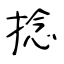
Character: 捻